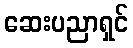
ဆေးပညာရှင်